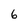
Character: 6